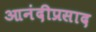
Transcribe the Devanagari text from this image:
आनंदीप्रसाद